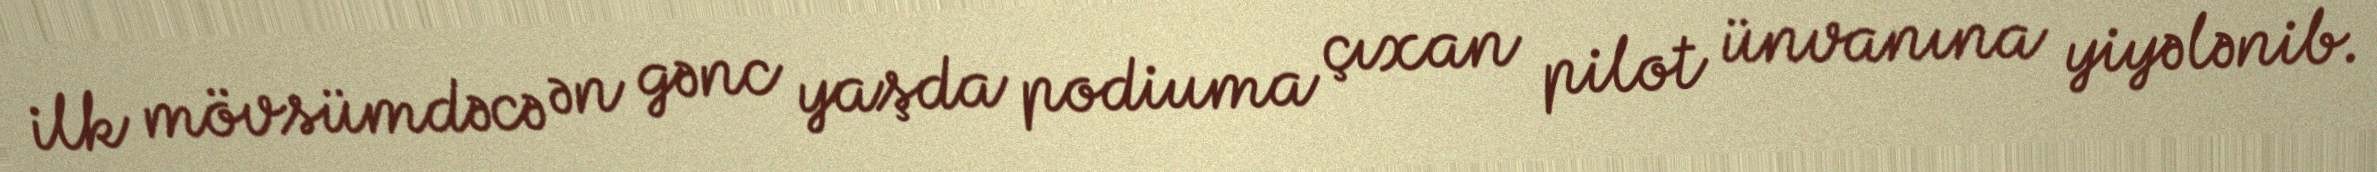
ilk mövsümdəcə ən gənc yaşda podiuma çıxan pilot ünvanına yiyələnib.